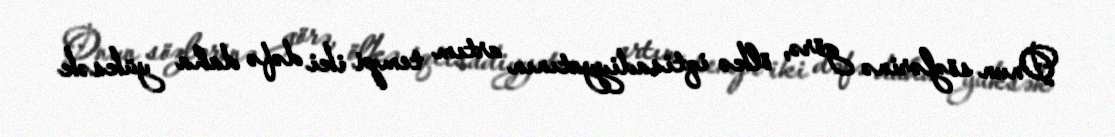
Onun sözlərinə görə, ölkə iqtisadiyyatının artım tempi iki dəfə daha yüksək